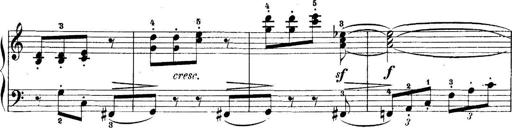
Title: 5 Sonatinas
Composer: Theodor Kirchner